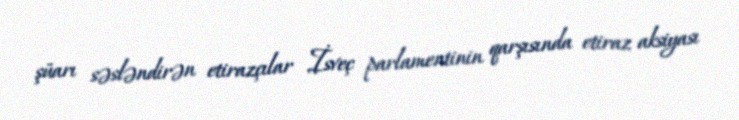
şüarı səsləndirən etirazçılar İsveç parlamentinin qarşısında etiraz aksiyası